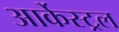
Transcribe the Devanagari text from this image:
आर्केस्ट्रल